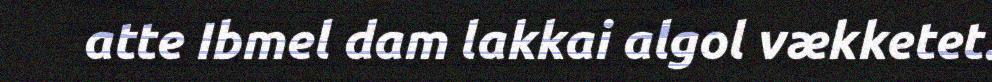
atte Ibmel dam lakkai algol vækketet.